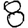
Digit: 8